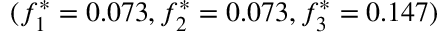
( f _ { 1 } ^ { * } = 0 . 0 7 3 , f _ { 2 } ^ { * } = 0 . 0 7 3 , f _ { 3 } ^ { * } = 0 . 1 4 7 )